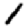
Digit: 1